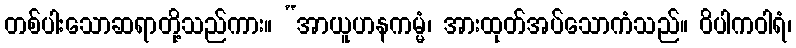
တစ်ပါးသောဆရာတို့သည်ကား။ “အာယူဟနကမ္မံ၊ အားထုတ်အပ်သောကံသည်။ ဝိပါကဝါရံ၊